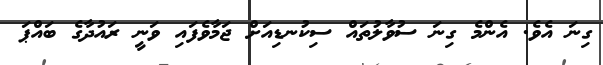
ގިނަ އެވެ. އެންމެ ގިނަ ސުވާލުތައް ސިކުނޑިއަށް ޖަމާވެފައި ވަނީ ރައުދާގެ ބައްޕަ